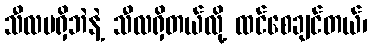
သီလမရှိဘဲနဲ့ သီလရှိတယ်လို့ ထင်စေချင်တယ်၊